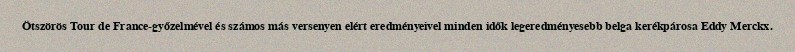
Ötszörös Tour de France-győzelmével és számos más versenyen elért eredményeivel minden idők legeredményesebb belga kerékpárosa Eddy Merckx.